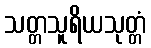
သတ္တသူရိယသုတ္တံ